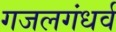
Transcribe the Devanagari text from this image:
गजलगंधर्व